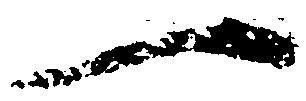
一